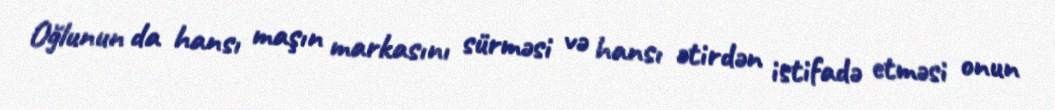
Oğlunun da hansı maşın markasını sürməsi və hansı ətirdən istifadə etməsi onun